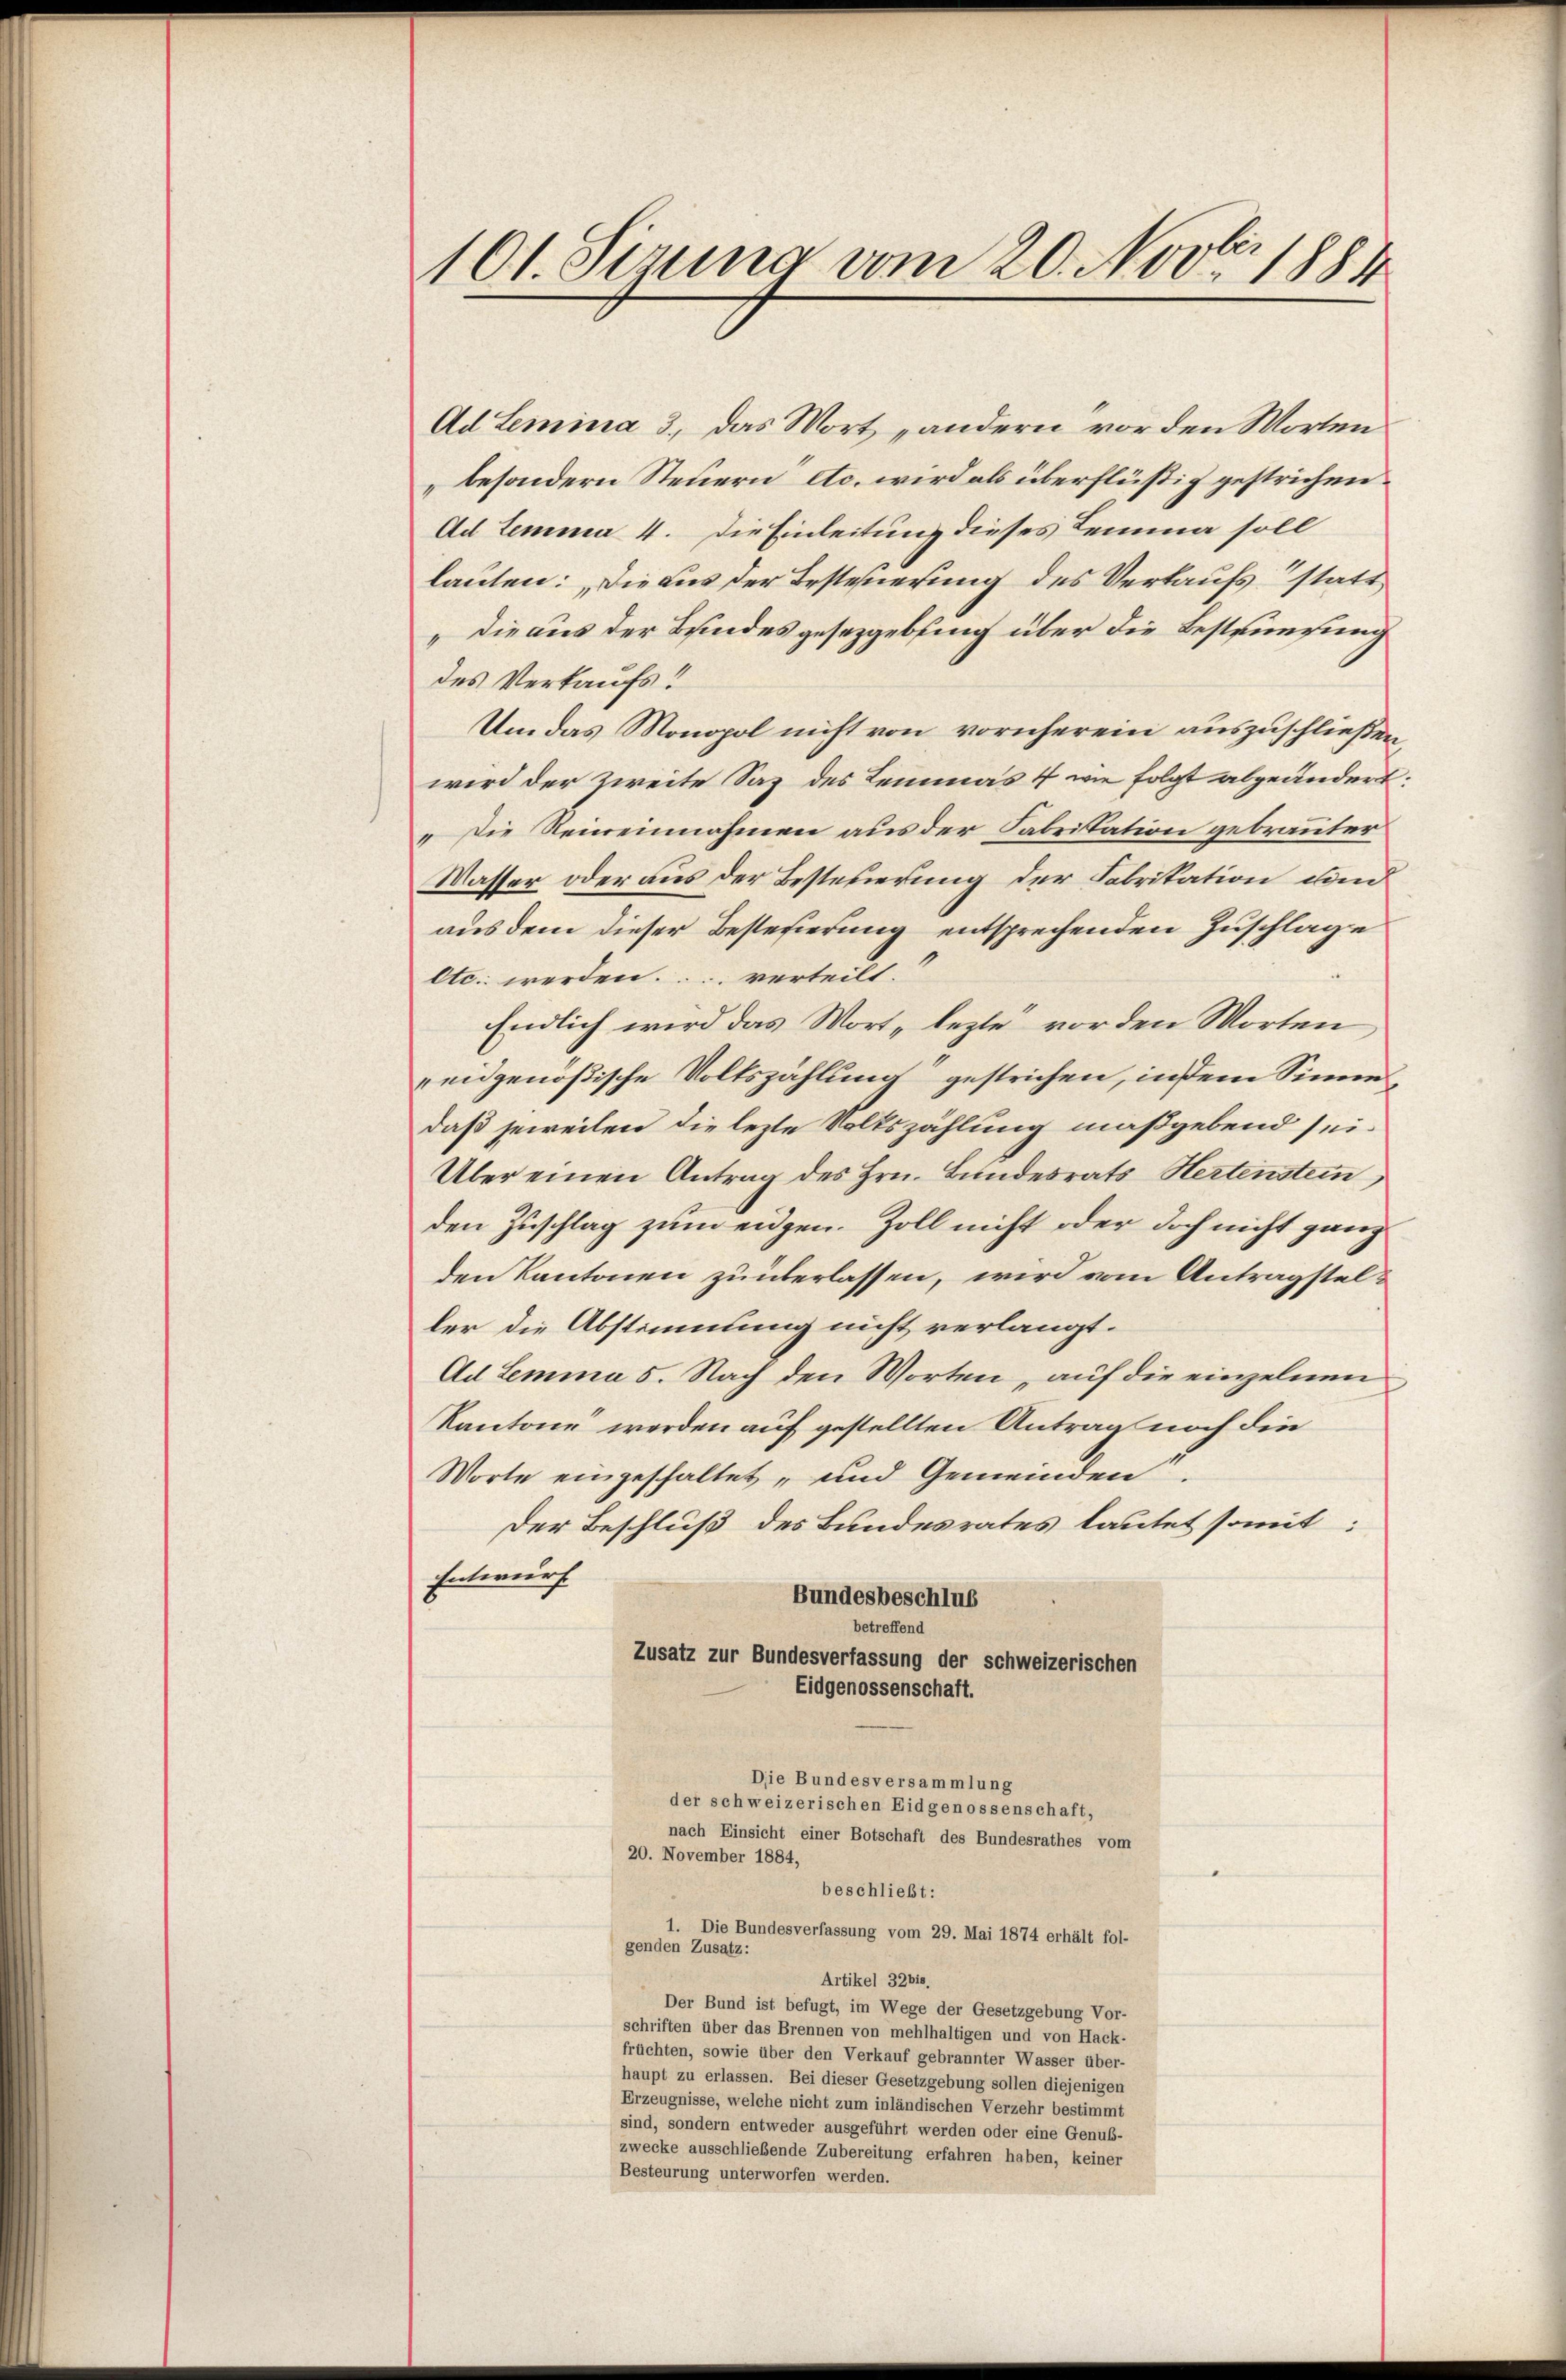
Ad Lemina 3., das Wort „andern vor den Worten
besondern Steuern etc. wird als überflüssig gestrichen.
Ad Lemma 4. Die Einleitung dieses Lemma soll
lauten: „Die aus der Besteherung des Verkaufs statt
„die aus der Bundesgesezgebung über die Bestrünfung
des Verkaufs!
Um das Monopol nicht von vornherein auszuschließen
wird der Zweite Saz des Lemma 1 wie folgt abgeändert
„Die Reineinnahmen aus der Fabritation gebranter
Wasser oder aus der Besteuerung der Fabrikation und
aus dem dieser Besterierung entsprechenden Zuschlage
Otc. werden verteilt.
Endlich wird das Wort, lezte vor den Worten
eidgenößische Volkszählung“ gestrichen, in dem Sinne
daß jeweilen die lezte Volkszählung maßgebend sei.
Über einen Antrag des Hrn. Bundesrats Hertenstein
den Zuschlag zum eidgen. Zoll nicht oder doch nicht ganz
den Kantonen zu überlassen, wird vom Antragsteller die Abstimmung nicht verlangt.
Ad Lemma 5. Nach den Worten , auf die einzelnen
Kantone werden auf gestellten Antrag noch die
Worte eingeschaltet, und Gemeinden,
Der Beschluß des Bundesrates lautet somit:
Entwurf
Bundesbeschlus
betreffend
Zusatz zur Bundesverfassung der schweizerischen
Eidgenossenschaft.
Die Bundesversammlung
der schweizerischen Eidgenossenschaft,
nach Einsicht einer Botschaft des Bundesrathes vom
20. November 1884,
beschließt:
1. Die Bundesverfassung vom 29. Mai 1874 erhält fol-
genden Zusatz:
Artikel 32bis.
Der Bund ist befugt, im Wege der Gesetzgebung Vor-
schriften über das Brennen von mehlhaltigen und von Hack-
früchten, sowie über den Verkauf gebrannter Wasser über-
haupt zu erlassen. Bei dieser Gesetzgebung sollen diejenigen
Erzeugnisse, welche nicht zum inländischen Verzehr bestimmt
sind, sondern entweder ausgeführt werden oder eine Genub-
zwecke ausschließende Zubereitung erfahren haben, keiner
Besteurung unterworfen werden.

101. Jezung vom 20. Nov. 1884